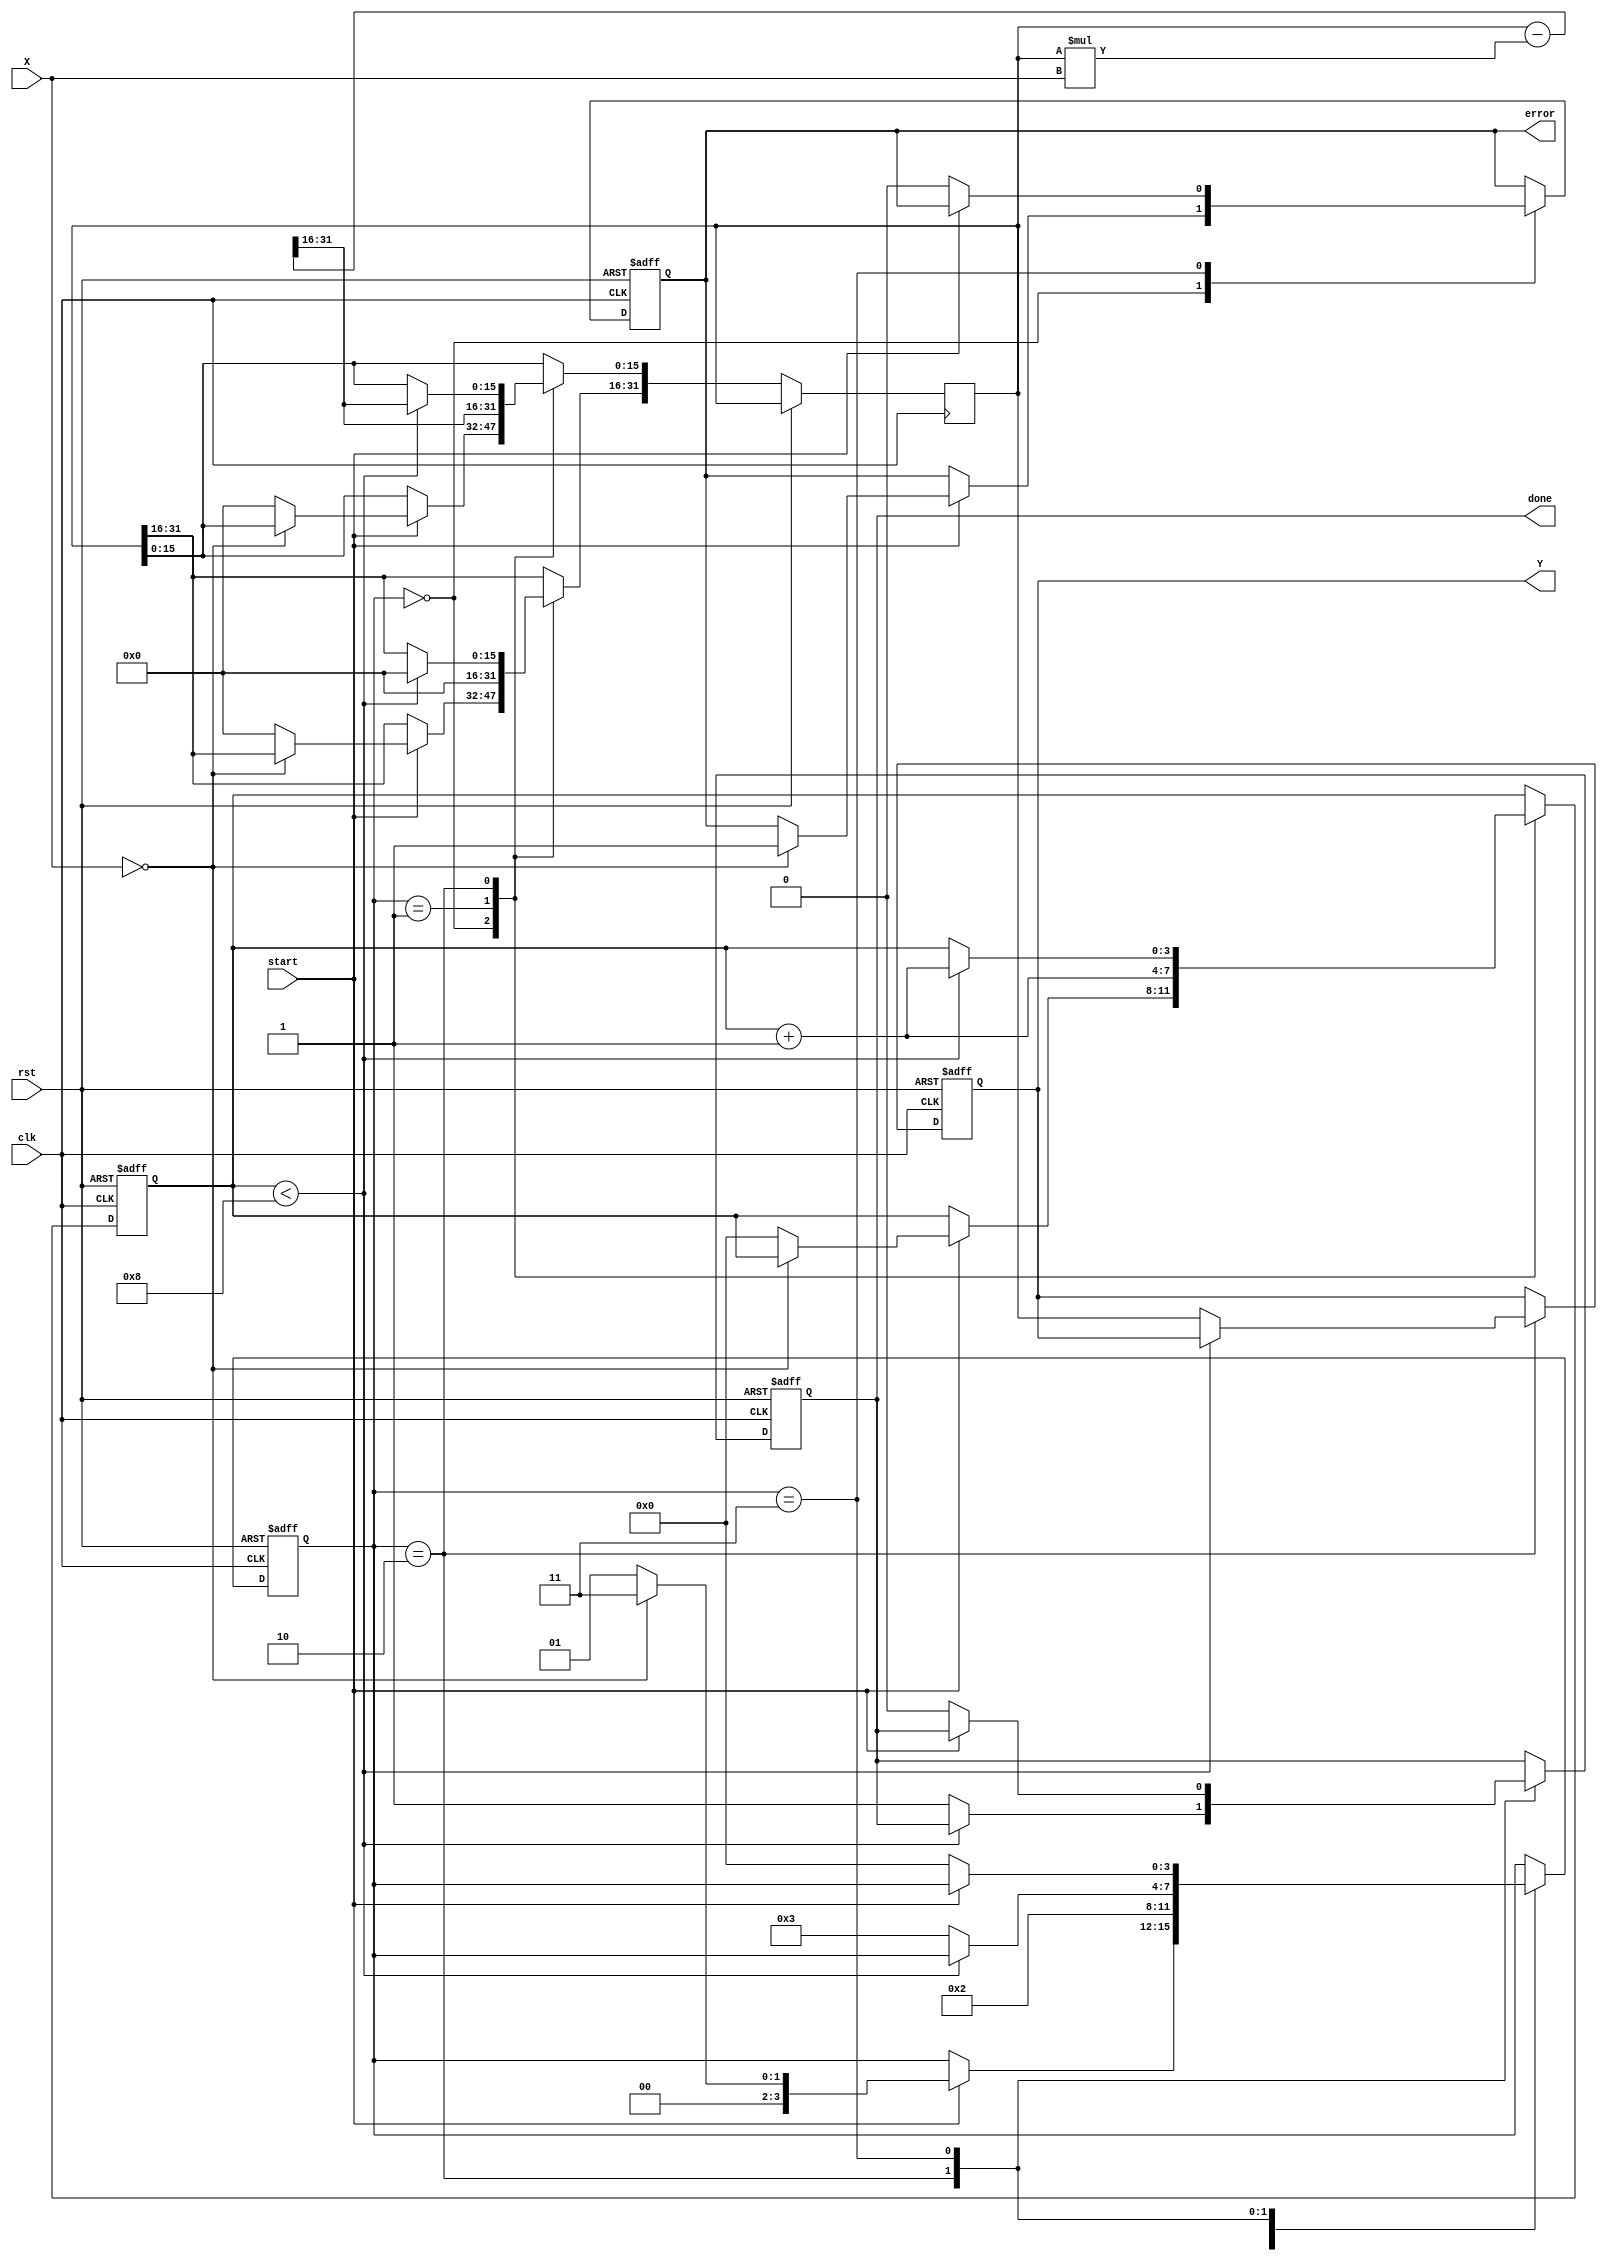
module fractional_order_reciprocal #(
    parameter WIDTH_X = 16,      // Input width
    parameter WIDTH_Y = 32,      // Output width
    parameter FRACTIONAL_ORDER = 8 // Fixed-point fractional order
)(
    input wire clk,
    input wire rst,
    input wire [WIDTH_X-1:0] X,  // Input signal
    input wire start,              // Start signal for operation
    output reg [WIDTH_Y-1:0] Y,    // Output signal
    output reg done,               // Done signal
    output reg error               // Error signal (e.g., division by zero)
);

    reg [WIDTH_Y-1:0] reciprocal;    // Variable to hold reciprocal
    reg [3:0] state;                  // State for FSM
    reg [3:0] count;                  // Iteration counter

    // State encoding
    localparam IDLE = 4'b0000,
               INIT = 4'b0001,
               CALC = 4'b0010,
               DONE = 4'b0011;

    // Initialize output and error signal
    initial begin
        done = 0;
        error = 0;
        Y = 0;
    end

    // Main FSM
    always @(posedge clk or posedge rst) begin
        if (rst) begin
            state <= IDLE;
            done <= 0;
            error <= 0;
            Y <= 0;
            count <= 0;
        end else begin
            case (state)
                IDLE: begin
                    if (start) begin
                        if (X == 0) begin
                            error <= 1; // Division by zero
                            state <= DONE;
                        end else begin
                            reciprocal <= {WIDTH_Y{1'b0}}; // Initialize reciprocal
                            reciprocal[WIDTH_Y-1:WIDTH_Y-WIDTH_X] <= (1 << (WIDTH_Y-WIDTH_X)); // Initial guess
                            count <= 0;
                            state <= INIT;
                        end
                    end
                end
                
                INIT: begin
                    // Perform first iteration of Newton-Raphson
                    reciprocal <= reciprocal - (reciprocal * X) >> (WIDTH_Y-WIDTH_X); // Update reciprocal
                    count <= count + 1;
                    state <= CALC;
                end
                
                CALC: begin
                    if (count < FRACTIONAL_ORDER) begin
                        reciprocal <= reciprocal - (reciprocal * X) >> (WIDTH_Y-WIDTH_X); // Update reciprocal
                        count <= count + 1;
                    end else begin
                        Y <= reciprocal; // Assign output
                        done <= 1;       // Signal completion
                        state <= DONE;
                    end
                end

                DONE: begin
                    if (!start) begin
                        done <= 0;
                        error <= 0; // Clear error
                        state <= IDLE;
                    end
                end
            endcase
        end
    end

endmodule